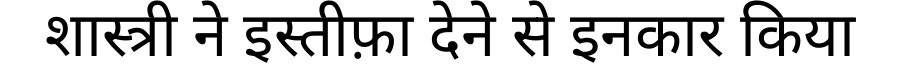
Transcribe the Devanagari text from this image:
शास्त्री ने इस्तीफ़ा देने से इनकार किया